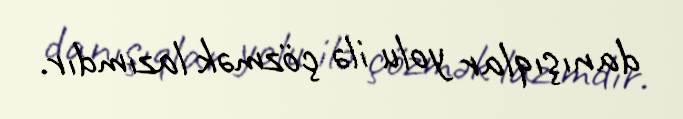
danışıqlar yolu ilə çözmək lazımdır.